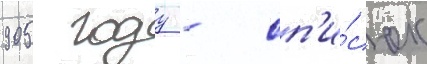
905 году - сп'и́сок